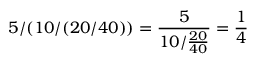
5 / ( 1 0 / ( 2 0 / 4 0 ) ) = { \frac { 5 } { 1 0 / { \frac { 2 0 } { 4 0 } } } } = { \frac { 1 } { 4 } } \quad